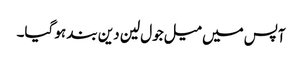
آپس میں میل جول لین دین بند ہو گیا۔